Indian journal of veterinary science and animal husbandry - Volume 2,
Year: 1932
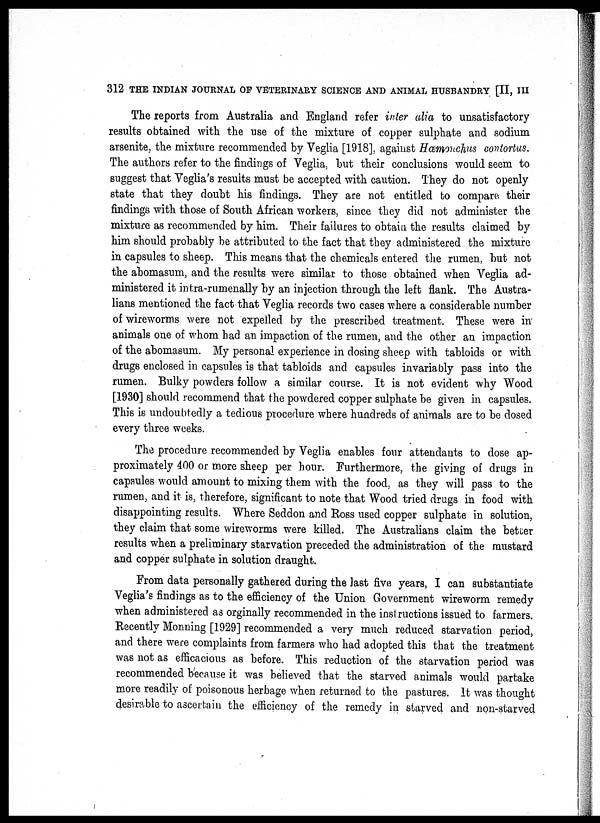
312 THE INDIAN JOURNAL OF VETERINARY SCIENCE AND ANIMAL HUSBANDRY [II, III
The reports from Australia and England refer inter alia to unsatisfactory
results obtained with the use of the mixture of copper sulphate and sodium
arsenite, the mixture recommended by Veglia [1918], against Hæmonchus contortus.
The authors refer to the findings of Veglia, but their conclusions would seem to
suggest that Veglia's results must be accepted with caution. They do not openly
state that they doubt his findings. They are not entitled to compare their
findings with those of South African workers, since they did not administer the
mixture as recommended by him. Their failures to obtain the results claimed by
him should probably be attributed to the fact that they administered the mixture
in capsules to sheep. This means that the chemicals entered the rumen, but not
the abomasum, and the results were similar to those obtained when Veglia ad-
ministered it intra-rumenally by an injection through the left flank. The Austra-
lians mentioned the fact that Veglia records two cases where a considerable number
of wireworms were not expelled by the prescribed treatment. These were in
animals one of whom had an impaction of the rumen, and the other an impaction
of the abomasum. My personal experience in dosing sheep with tabloids or with
drugs enclosed in capsules is that tabloids and capsules invariably pass into the
rumen. Bulky powders follow a similar course. It is not evident why Wood
[1930] should recommend that the powdered copper sulphate be given in capsules.
This is undoubtedly a tedious procedure where hundreds of animals are to be dosed
every three weeks.
The procedure recommended by Veglia enables four attendants to dose ap-
proximately 400 or more sheep per hour. Furthermore, the giving of drugs in
capsules would amount to mixing them with the food, as they will pass to the
rumen, and it is, therefore, significant to note that Wood tried drugs in food with
disappointing results. Where Seddon and Ross used copper sulphate in solution,
they claim that some wireworms were killed. The Australians claim the better
results when a preliminary starvation preceded the administration of the mustard
and copper sulphate in solution draught.
From data personally gathered during the last five years, I can substantiate
Veglia's findings as to the efficiency of the Union Government wireworm remedy
when administered as orginally recommended in the instructions issued to farmers.
Recently Monning [1929] recommended a very much reduced starvation period,
and there were complaints from farmers who had adopted this that the treatment
was not as efficacious as before. This reduction of the starvation period was
recommended because it was believed that the starved animals would partake
more readily of poisonous herbage when returned to the pastures. It was thought
desirable to ascertain the efficiency of the remedy in starved and non-starved